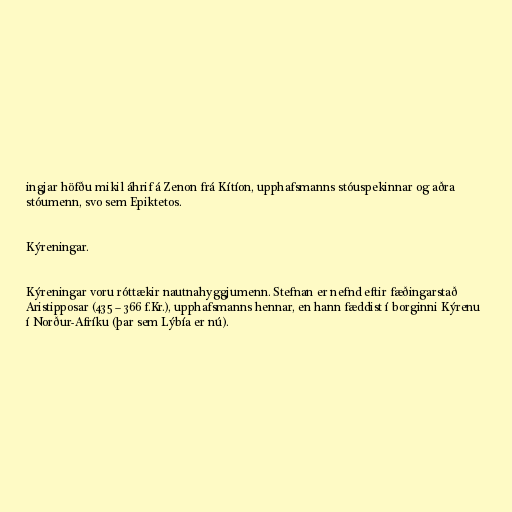
ingjar höfðu mikil áhrif á Zenon frá Kítíon, upphafsmanns stóuspekinnar og aðra
stóumenn, svo sem Epiktetos.

Kýreningar.

Kýreningar voru róttækir nautnahyggjumenn. Stefnan er nefnd eftir fæðingarstað
Aristipposar (435 – 366 f.Kr.), upphafsmanns hennar, en hann fæddist í borginni Kýrenu
í Norður-Afríku (þar sem Lýbía er nú).